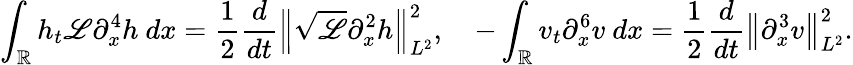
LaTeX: \int_{\mathbb R}h_{t}\mathscr{L}\partial_{x}^{4}h\ dx=\frac{1}{2}\frac{d}{dt}\left\| \sqrt{\mathscr{L}}\partial_{x}^{2}h\right\| _{L^{2}}^{2},\quad-\int_{\mathbb R}v_{t}\partial_{x}^{6}v\ dx=\frac{1}{2}\frac{d}{dt}\left\| \partial_{x}^{3}v\right\| _{L^{2}}^{2}.